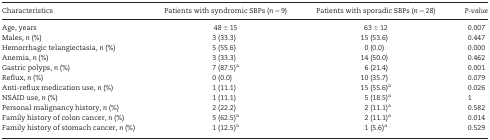
<table><thead><tr><td><b>Characteristics</b></td><td><b>Patients with syndromic SBPs (<i>n = </i>9)</b></td><td><b>Patients with sporadic SBPs (<i>n = </i>28)</b></td><td><b><i>P-value</i></b></td></tr></thead><tbody><tr><td>Age, years</td><td>48 ± 15</td><td>63 ± 12</td><td>0.007</td></tr><tr><td>Males, <i>n</i> (%)</td><td>3 (33.3)</td><td>15 (53.6)</td><td>0.447</td></tr><tr><td>Hemorrhagic telangiectasia, <i>n</i> (%)</td><td>5 (55.6)</td><td>0 (0.0)</td><td>0.000</td></tr><tr><td>Anemia, <i>n</i> (%)</td><td>3 (33.3)</td><td>14 (50.0)</td><td>0.462</td></tr><tr><td>Gastric polyps, <i>n</i> (%)</td><td>7 (87.5)<sup>a</sup></td><td>6 (21.4)</td><td>0.001</td></tr><tr><td>Reflux, <i>n</i> (%)</td><td>0 (0.0)</td><td>10 (35.7)</td><td>0.079</td></tr><tr><td>Anti-reflux medication use, <i>n</i> (%)</td><td>1 (11.1)</td><td>15 (55.6)<sup>a</sup></td><td>0.026</td></tr><tr><td>NSAID use, <i>n</i> (%)</td><td>1 (11.1)</td><td>5 (18.5)<sup>a</sup></td><td>1</td></tr><tr><td>Personal malignancy history, <i>n</i> (%)</td><td>2 (22.2)</td><td>2 (11.1)<sup>a</sup></td><td>0.582</td></tr><tr><td>Family history of colon cancer, <i>n</i> (%)</td><td>5 (62.5)<sup>a</sup></td><td>2 (11.1)<sup>a</sup></td><td>0.014</td></tr><tr><td>Family history of stomach cancer, <i>n</i> (%)</td><td>1 (12.5)<sup>a</sup></td><td>1 (5.6)<sup>a</sup></td><td>0.529</td></tr></tbody></table>